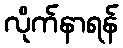
လိုက်နာရန်